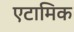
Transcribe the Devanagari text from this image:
एटामिक